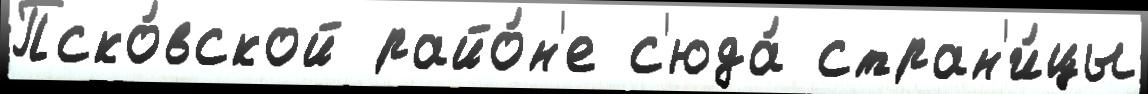
Пско́вской райо́н'е с'юда́ стран'и́цы